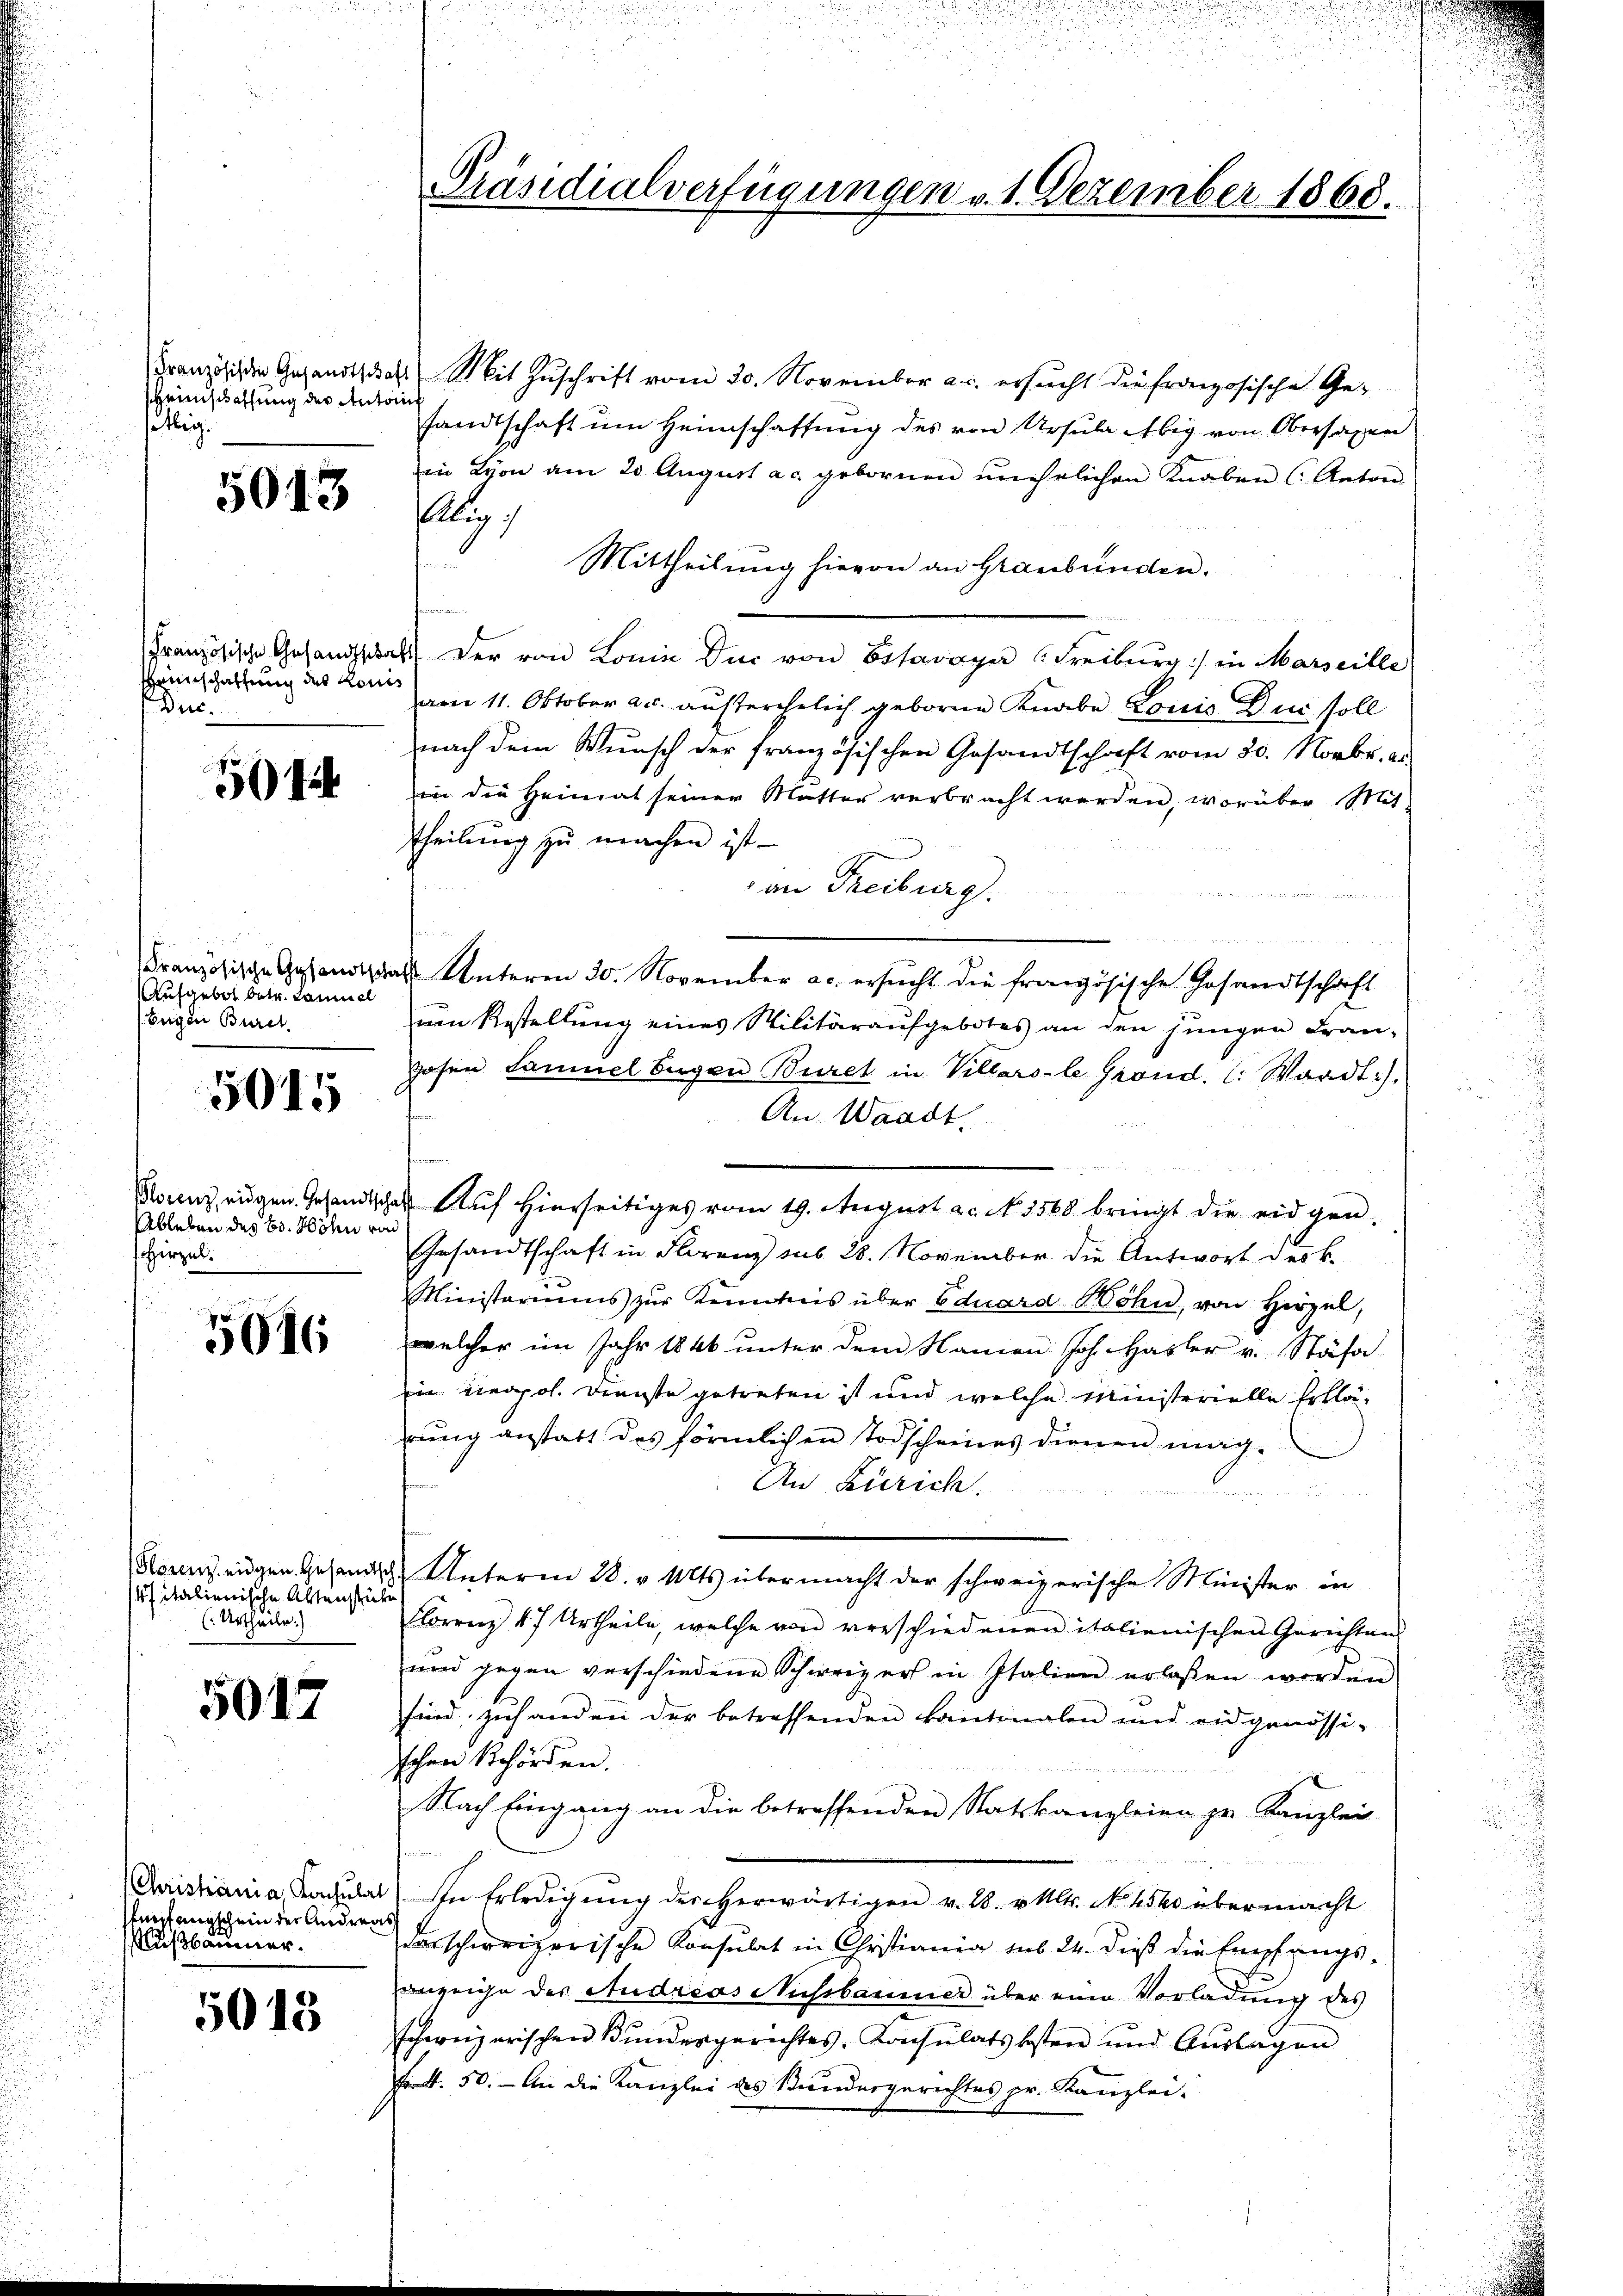
beinschaffung der Autorin
tig.

5013

rinschaftung des Konis
Duc.

5

Aufgebot betr. Samuel
Eugen Burch

5015

Ableben des B. Hohn von
Hirzel.

5016

italienische Aktenstücke
(: Urtheile)

5017

(Christiania, Konsulat
Einfangschein der Andrer
Mußbaumer.

5013

Französische Gesandtschaft Mit Zuschrift vom 20. November a. c. ersucht die französische Gesandtschaft ŭm Heimschaffŭng des von Ursula Abig von Obersagen
in Lyon am 20. August ac. gebornen unehelichen Knaben (Anton
lig
Mittheilung hievon an Graubünden.
Französische Gesandtschaft der von Lonie der von Estavayer (Freiburg :/ in Marseille
von 11. Oktober a.c. außerehelich geboren Knabe Louis Du soll
nach dem Wunsch der französischen Gesandtschaft vom 30. Novbr. a.
in die Heimat seiner Mutter verbracht werden, worüber Mit
Theilung zu machen ist.
an Freiburg
.
an
448
e
Französische Gestandtrat Unterm 30. November a. ersŭcht die französische Gesandtschaft
um Bestellung eines Militäraufgebotes an den jungen Fran¬
Hohen Sammel Eugen Buret in Villars-le Grond. (: Waadt:).
An Waadt.
t
Sounz, eigen Gesandtschaft Auf hierseitiges vom 19. August a. N. 1568. bringt die eidgen
Gesandtschaft in Florenz sub 28. November die Antwort der k.
Ministeriums zŭr Kenntnis über Eduard Wohn, von Hirzel,
welcher im Jahr 1846 ŭnter dem Namen Joh. Hasler v. Stäfa
in Leopol. Dienste getreten ist und welche Ministerielle Erklärrung anstatt des förmlichen Todscheines dernen mag¬
An Zürich.
dirun
Florenz eigen Gesandten Unteren 28. v. Mts. übermacht der schweizerische Minister in
Florenz 47 Urtheile, welche von verschiedenen italienischen Gerichten
und gegen verschiedene Schweizer in Italien erlassen werden
sind zuhanden der betreffenden Kantonalen und eidgenössi-
schen Behörden.
Nach Eingang an die betreffenden Statskanzleien zu Kanzlei
.
a) In Erledigŭng des herwärtigen v. 28. v. Mltr. No. 4500 übermacht
darschweizerische Konsulat in Christiania sub 24. dieß die Empfangs-
anzeige des Audreas Nussbaumer über eine Vorladung des
schweizerischen Bundesgerichtes, Konsulats besten und Auslagen
Fr. 50. — An die Kanzlei des Bundesgerichtes pr. Kanzlei-

Präsidialverfügungen v. 1. Dezember 1868.